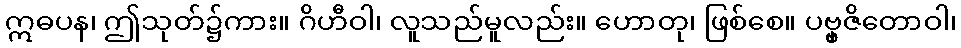
ဣဓပန၊ ဤသုတ်၌ကား။ ဂိဟီဝါ၊ လူသည်မူလည်း။ ဟောတု၊ ဖြစ်စေ။ ပဗ္ဗှဇိတောဝါ၊